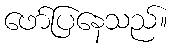
ဖော်ပြနေသည်။